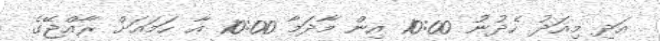
އަދި މިއަދު ހެދުނު 10:00 އިން މާދަމާ 10:00 އާ ހަމައަށް ރާއްޖޭގެ